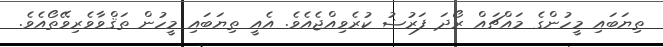
ތިޔަބައި މީހުންގެ މައްޗައް ރޯދަ ފަރުޟު ކުރެވިއްޖެއެވެ. އެއީ ތިޔަބައި މީހުން ތަޤްވާވެރިވޭތޯއެވެ.